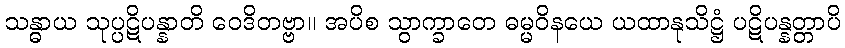
သန္ဓာယ သုပ္ပဋိပန္နာတိ ဝေဒိတဗ္ဗာ။ အပိစ သွာက္ခာတေ ဓမ္မဝိနယေ ယထာနုသိဋ္ဌံ ပဋိပန္နတ္တာပိ